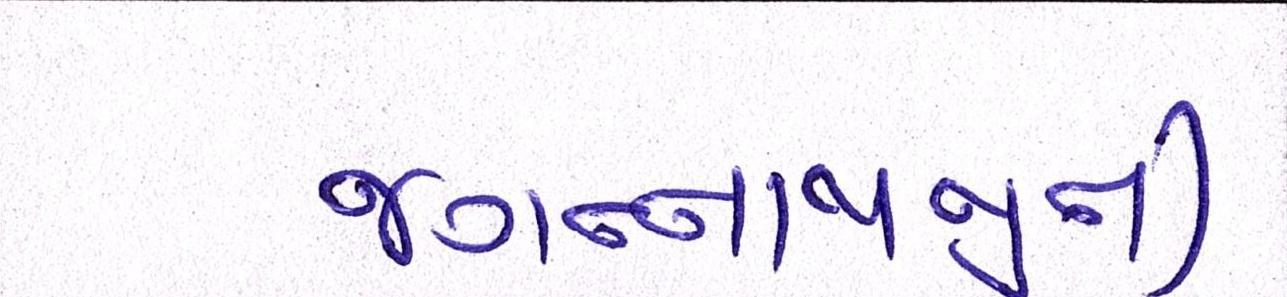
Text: જગન્નાથજીની